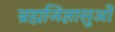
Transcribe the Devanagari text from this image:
ब्रह्मजिज्ञासुओं